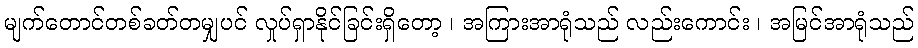
မျက်တောင်တစ်ခတ်တမျှပင် လှုပ်ရှာနိုင်ခြင်းရှိတော့ ၊ အကြားအာရုံသည် လည်းကောင်း ၊ အမြင်အာရုံသည်